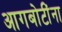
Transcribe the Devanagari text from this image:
आगबोटींना